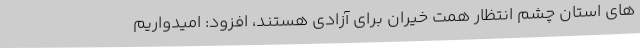
های استان چشم انتظار همت خیران برای آزادی هستند، افزود: امیدواریم